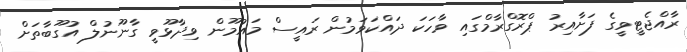
ރާއްޖެޓީވީގެ ފަށާއިރު ޕްރޮގްރާމްގައި ވާހަކަ ދައްކަވަމުން ރައީސް މައުމޫން ވިދާޅޫވީ ގާނޫނުލް އުގޫބާތަށް